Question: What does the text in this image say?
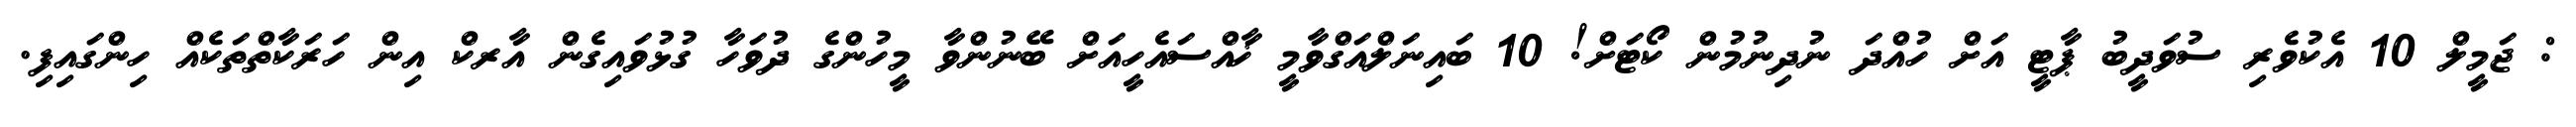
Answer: : ޖަމީލް 10 އެކުވެރި ސުވަދީބު ޕާޓީ އަށް ހުއްދަ ނުދިނުމުން ކޯޓަށް! 10 ބައިނަލްއަގްވާމީ ޚާއްސައެހީއަށް ބޭނުންވާ މީހުންގެ ދުވަހާ ގުޅުވައިގެން އާރކް އިން ހަރަކާތްތަކެއް ހިންގައިފި.